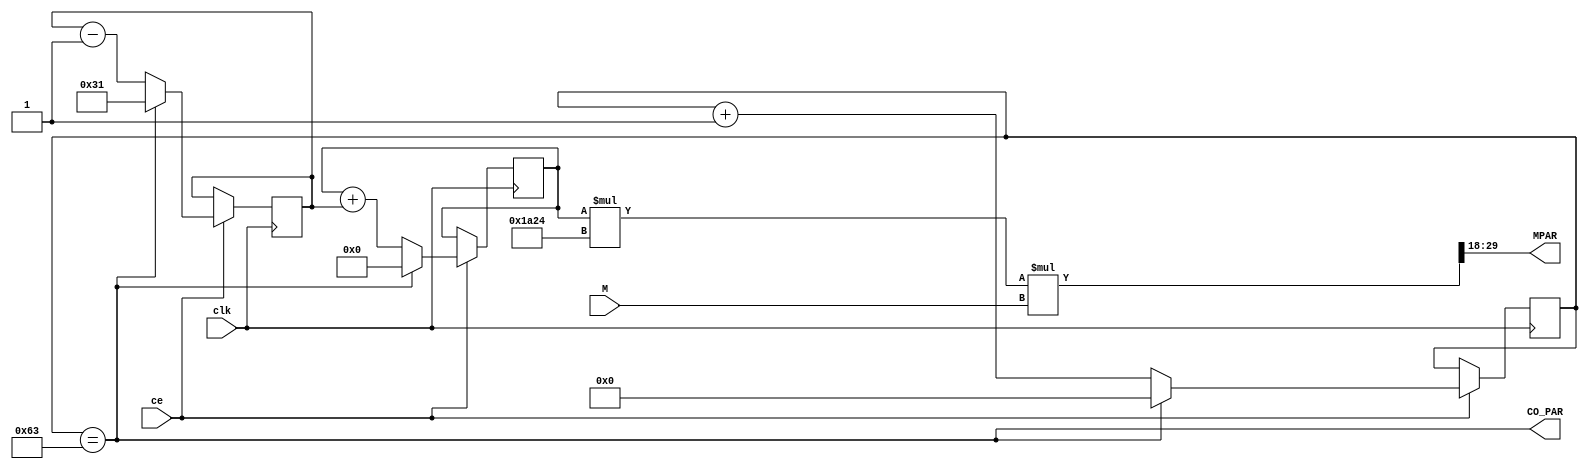
module AGN_PAR(input clk, output wire CO_PAR,
               input ce, output wire [11:0] MPAR,// 
               input [7:0] M);//

  parameter NP=100 ; //    
  parameter MA=(4000*2048)/1224 ; //  ~6687

  reg [7:0]cb_NP=0 ; //  
  reg [10:0] X=49 ; // 
  reg [10:0] PAR=0 ;// 
  wire [24:0]Y=(PAR*MA) ; // PAR   
  wire [31:0]MY = Y*M ; // Y   
  assign MPAR = MY>>18 ; //  2^(11+7)
  assign CO_PAR = (cb_NP==NP-1) ;//  

  always @ (posedge clk) if (ce) begin
    cb_NP <= CO_PAR? 0 : cb_NP+1 ; //  
    X <= CO_PAR? NP/2-1 : X-1 ;//  
    PAR <= CO_PAR? 0 : PAR+X ;//NP/2 X
  end

endmodule